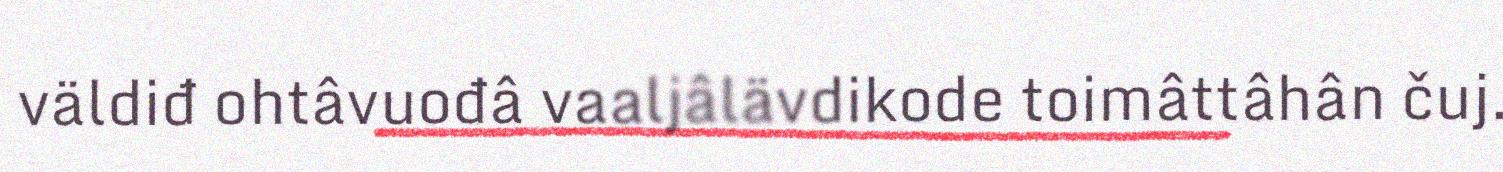
väldiđ ohtâvuođâ vaaljâlävdikode toimâttâhân čuj.